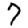
Digit: 7